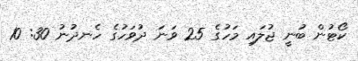
ކޯޓުން ބުނީ ޖުލައި މަހުގެ 25 ވަނަ ދުވަހުގެ ހެނދުނު 30: 10